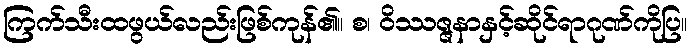
ကြက်သီးထဖွယ်လည်းဖြစ်ကုန်၏။ စ၊ ဝိဿဇ္ဇနာနှင့်ဆိုင်ရာဂုဏ်ကိုပြ။